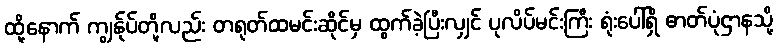
ထို့နောက် ကျွန်ုပ်တို့လည်း တရုတ်ထမင်းဆိုင်မှ ထွက်ခဲ့ပြီးလျှင် ပုလိပ်မင်းကြီး ရုံးပေါ်ရှိ ဓာတ်ပုံဌာနသို့